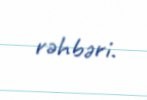
rəhbəri.